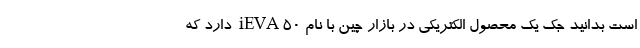
است بدانید جک یک محصول الکتریکی در بازار چین با نام iEVA50 دارد که